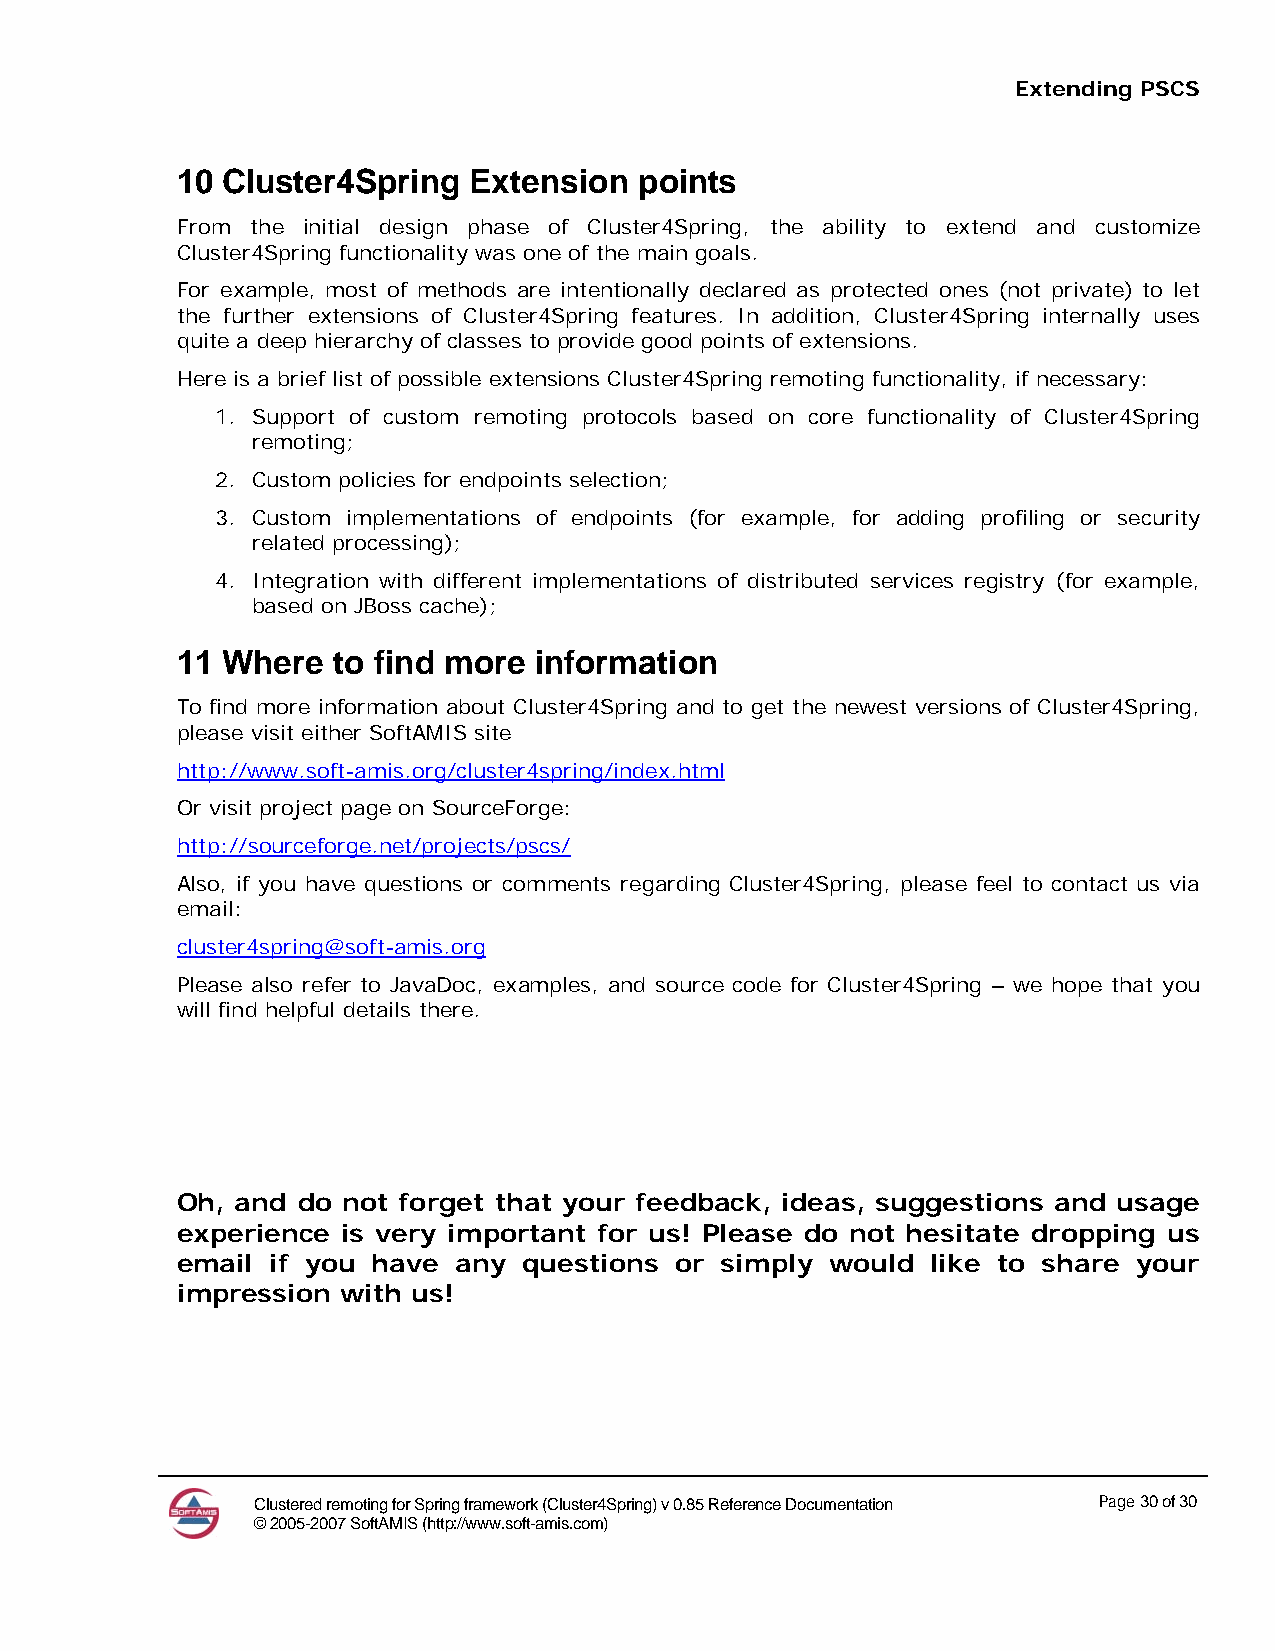
Extending PSCS
 10 Cluster4Spring  Extension  points
 From the initial design phase of Cluster4Spring, the ability to extend and customize
 Cluster4Spring functionality was one of the main goals.
 For example, most of methods are intentionally declared as protected ones (not private) to let
 the further extensions of Cluster4Spring features. In addition, Cluster4Spring internally uses
 quite a deep hierarchy of classes to provide good points of extensions.
 Here is a brief list of possible extensions Cluster4Spring remoting functionality, if necessary:
 1. Support of custom remoting protocols based on core functionality of Cluster4Spring
 remoting;
 2. Custom policies for endpoints selection;
 3. Custom implementations of endpoints (for example, for adding profiling or security
 related processing);
 4. Integration with different implementations of distributed services registry (for example,
 based on JBoss cache);
 11 Where  to find more information
 To find more information about Cluster4Spring and to get the newest versions of Cluster4Spring,
 please visit either SoftAMIS site
 http://www.soft-amis.org/cluster4spring/index.html
 Or visit project page on SourceForge:
 http://sourceforge.net/projects/pscs/
 Also, if you have questions or comments regarding Cluster4Spring, please feel to contact us via
 email:
 cluster4spring@soft-amis.org
 Please also refer to JavaDoc, examples, and source code for Cluster4Spring – we hope that you
 will find helpful details there.
 Oh, and do not forget that your feedback, ideas, suggestions and usage
 experience is very important for us! Please do not hesitate dropping us
 email if you have any  questions or simply would  like to share your
 impression with us!
 Clustered remoting for Spring framework (Cluster4Spring) v 0.85 Reference Documentation Page 30 of 30
 © 2005-2007 SoftAMIS (http://www.soft-amis.com)